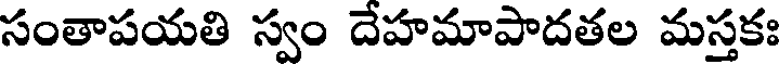
సంతాపయతి స్వం దేహమాపాదతల మస్తకః